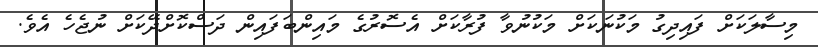
މިސާލަކަށް ފައިދިގު މަކުނަކަށް މަކުނުވާ ފުރާކަށް އެސޮރުގެ މައިންބަފައިން ދަސްކޮށްދޭކަށް ނުޖެހެ އެވެ.